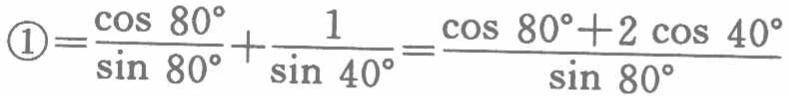
$\textcircled{1}=\frac{\cos 80^{\circ}}{\sin 80^{\circ}}+\frac{1}{\sin 40^{\circ}}=\frac{\cos 80^{\circ}+2 \cos 40^{\circ}}{\sin 80^{\circ}}$